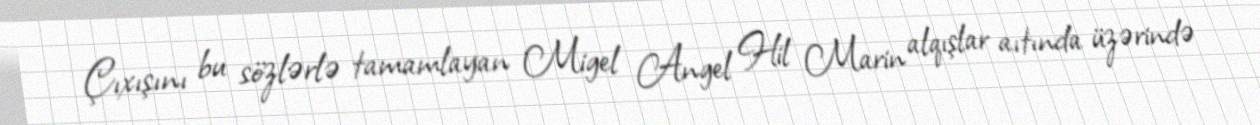
Çıxışını bu sözlərlə tamamlayan Migel Angel Hil Marin alqışlar aıtında üzərində